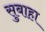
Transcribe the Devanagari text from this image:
सुबाहा